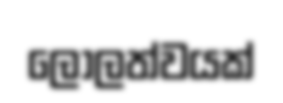
ලෝලත්වයක්